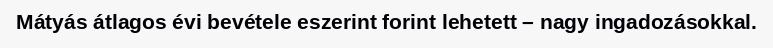
Mátyás átlagos évi bevétele eszerint forint lehetett – nagy ingadozásokkal.